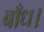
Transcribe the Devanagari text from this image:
बाँध।